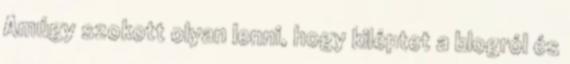
Amúgy szokott olyan lenni, hogy kiléptet a blogról és